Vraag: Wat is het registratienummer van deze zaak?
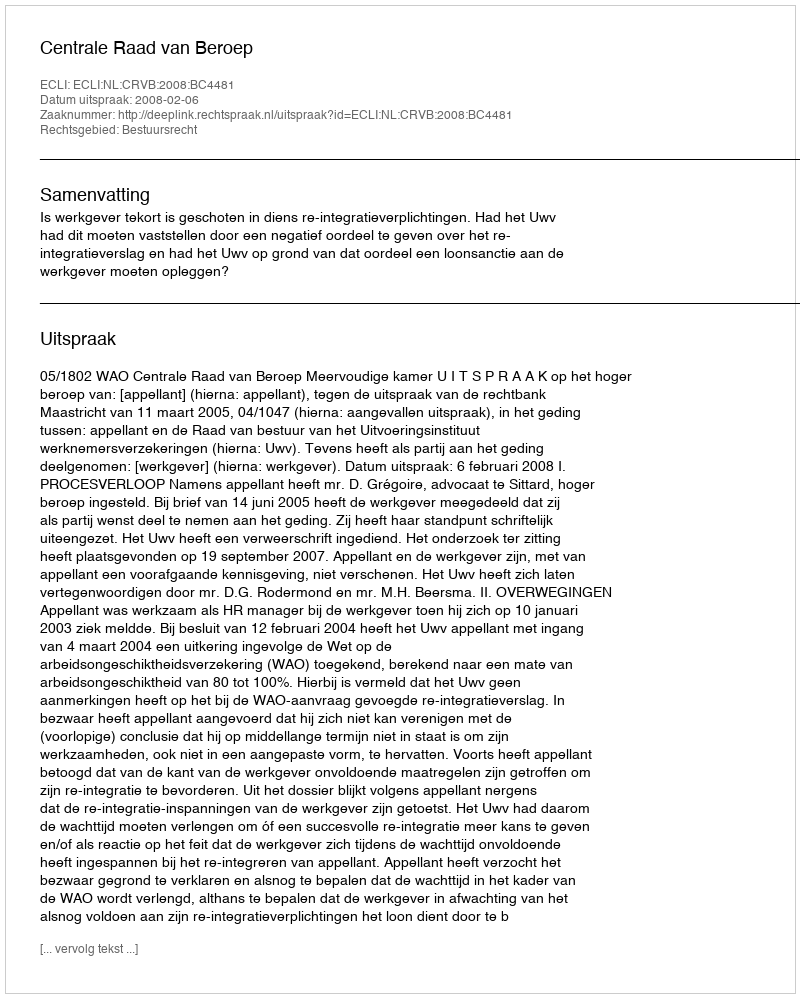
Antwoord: http://deeplink.rechtspraak.nl/uitspraak?id=ECLI:NL:CRVB:2008:BC4481